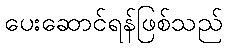
ပေးဆောင်ရန်ဖြစ်သည်